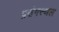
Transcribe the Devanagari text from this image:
प्रसंगस्थल